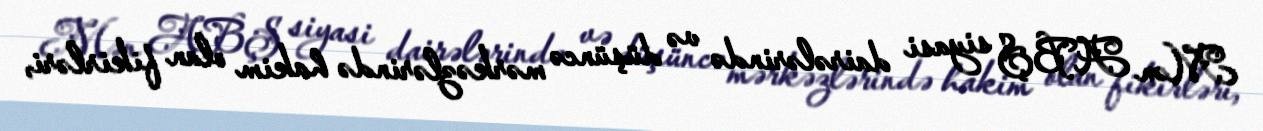
Mən ABŞ siyasi dairələrində və düşüncə mərkəzlərində hakim olan fikirləri,